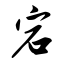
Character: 宕